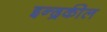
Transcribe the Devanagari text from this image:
इन्द्रकील